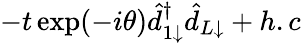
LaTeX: -t\exp(-i\theta)\hat{d}_{1\downarrow}^{\dagger}\hat{d}_{L\downarrow}+h.c